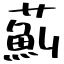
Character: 薊